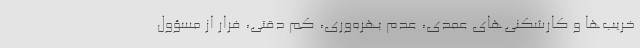
خریب‌ها و کارشکنی‌های عمدی، عدم بهره‌‌وری، کم دقتی، فرار از مسؤول